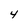
Character: Y